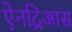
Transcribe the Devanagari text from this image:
ऐनद्रिआस